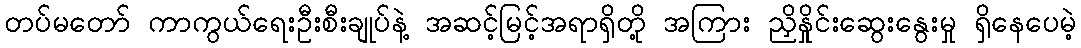
တပ်မတော် ကာကွယ်ရေးဦးစီးချုပ်နဲ့ အဆင့်မြင့်အရာရှိတို့ အကြား ညှိနှိုင်းဆွေးနွေးမှု ရှိနေပေမဲ့